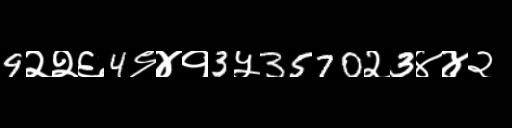
Text: 9२२६4९४१3५3570२3४४२